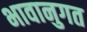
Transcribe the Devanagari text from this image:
भावानुगत